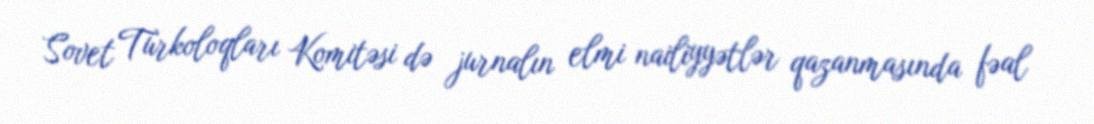
Sovet Türkoloqları Komitəsi də jurnalın elmi nailiyyətlər qazanmasında fəal